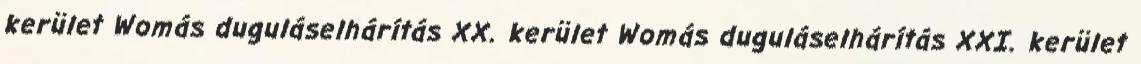
kerület Womás duguláselhárítás XX. kerület Womás duguláselhárítás XXI. kerület